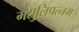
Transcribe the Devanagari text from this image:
मसुलिपत्नम